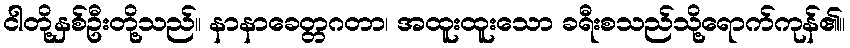
ငါတို့နှစ်ဦးတို့သည်။ နာနာခေတ္တဂတာ၊ အထူးထူးသော ခရီးစသည်သို့ရောက်ကုန်၏။